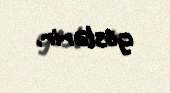
göstərir.